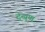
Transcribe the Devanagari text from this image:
देखण